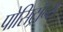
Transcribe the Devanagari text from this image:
पोसिट्रॉन्स